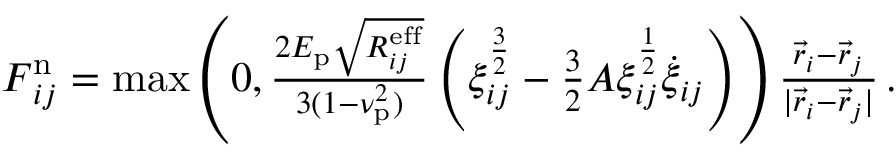
\begin{array} { r } { \boldsymbol { F } _ { i j } ^ { \mathrm { n } } = \operatorname* { m a x } \left( 0 , \frac { 2 E _ { \mathrm { p } } \sqrt { R _ { i j } ^ { \mathrm { e f f } } } } { 3 ( 1 - \nu _ { \mathrm { p } } ^ { 2 } ) } \left( \xi _ { i j } ^ { \frac { 3 } { 2 } } - \frac { 3 } { 2 } A \xi _ { i j } ^ { \frac { 1 } { 2 } } \dot { \xi } _ { i j } \right) \right) \frac { \vec { r } _ { i } - \vec { r } _ { j } } { | \vec { r } _ { i } - \vec { r } _ { j } | } \, . } \end{array}